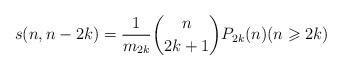
LaTeX: \begin{align*}s(n,n-2k)=\frac{1}{m_{2k}}\binom{n}{2k+1}P_{2k}(n)(n\geqslant 2k)\end{align*}